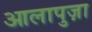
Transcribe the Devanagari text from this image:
आलापुज़ा